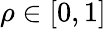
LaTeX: \rho\in[0,1]